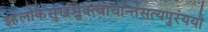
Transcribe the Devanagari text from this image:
इहलोकेसुखंभुक्त्वाचान्तंसत्यपुरंययौ